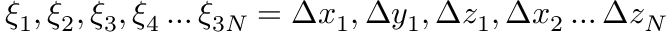
\xi _ { 1 } , \xi _ { 2 } , \xi _ { 3 } , \xi _ { 4 } \ldots \xi _ { 3 N } = \Delta x _ { 1 } , \Delta y _ { 1 } , \Delta z _ { 1 } , \Delta x _ { 2 } \ldots \Delta z _ { N }